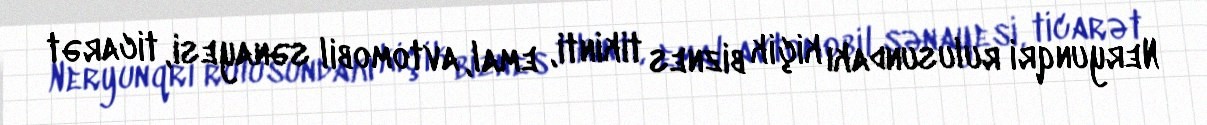
Neryunqri rulusundakı kiçik biznes tikinti, emal, avtomobil sənayesi, ticarət